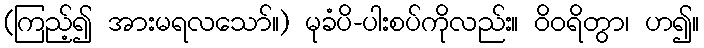
(ကြည့်၍ အားမရလသော်။) မုခံပိ-ပါးစပ်ကိုလည်း။ ဝိဝရိတွာ၊ ဟ၍။